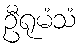
ဦရုမံသံ